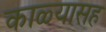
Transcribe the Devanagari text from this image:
काळ्यासह